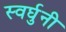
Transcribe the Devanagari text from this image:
स्वर्घुनी